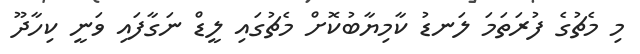
މި މެޗުގެ ފުރަތަމަ ލަނޑު ކާމިޔާބުކޮށް މެޗުގައި ލީޑް ނަގާފައި ވަނީ ކިހާދޫ